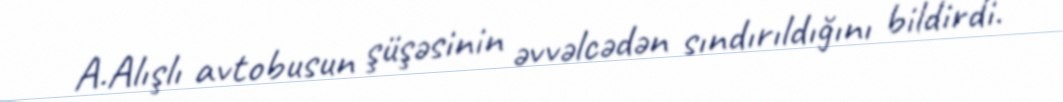
A.Alışlı avtobusun şüşəsinin əvvəlcədən sındırıldığını bildirdi.